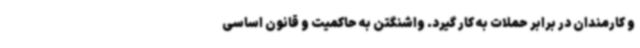
و کارمندان در برابر حملات به کار گیرد. واشنگتن به حاکمیت و قانون اساسی